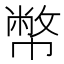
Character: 幣